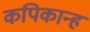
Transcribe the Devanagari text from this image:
कपिकान्ह